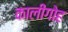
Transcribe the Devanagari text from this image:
कालीगोह